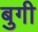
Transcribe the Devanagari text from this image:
बुगी